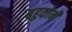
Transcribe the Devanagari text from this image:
बहुकोनी